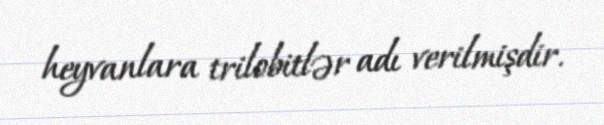
heyvanlara trilobitlər adı verilmişdir.